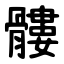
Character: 髏